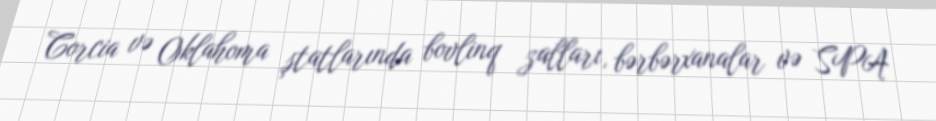
Corcia və Oklahoma ştatlarında bovlinq zalları, bərbərxanalar və SPA